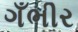
ગઁભીર